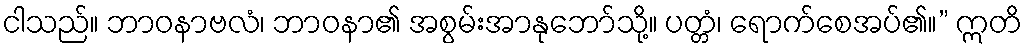
ငါသည်။ ဘာဝနာဗလံ၊ ဘာဝနာ၏ အစွမ်းအာနုဘော်သို့။ ပတ္တံ၊ ရောက်စေအပ်၏။” ဣတိ